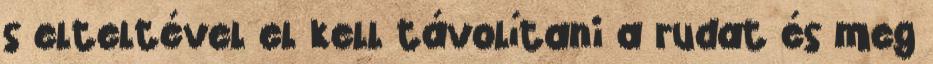
s elteltével el kell távolítani a rudat és meg